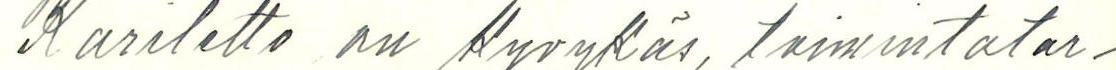
Kariletto on Kyvykäs, toimintatar-